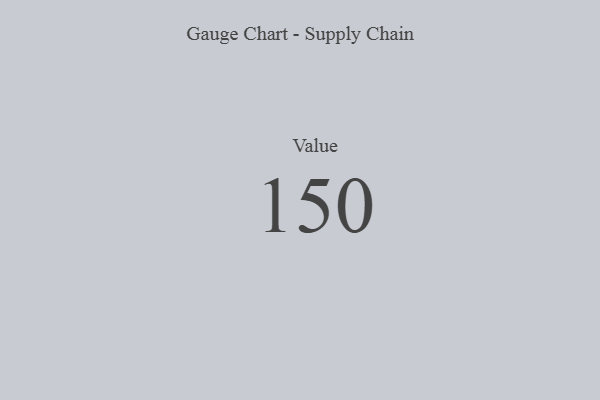
{"axis": {"x": "Metric", "y": "Value"}, "legend": [""], "data": [{"x": "Value", "y": 150, "type": ""}]}